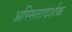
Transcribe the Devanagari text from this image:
अस्मितादर्शक